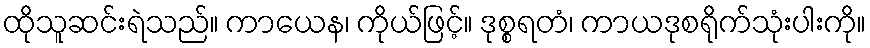
ထိုသူဆင်းရဲသည်။ ကာယေန၊ ကိုယ်ဖြင့်။ ဒုစ္စရတံ၊ ကာယဒုစရိုက်သုံးပါးကို။